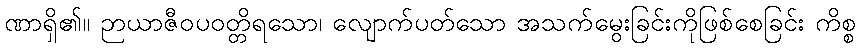
ဏာရှိ၏။ ဉာယာဇီဝပဝတ္တိရသော၊ လျောက်ပတ်သော အသက်မွေးခြင်းကိုဖြစ်စေခြင်း ကိစ္စ